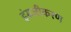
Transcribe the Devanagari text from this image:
इंग्रजीकरण